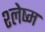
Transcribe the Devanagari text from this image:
श्‍लेष्म